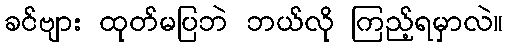
ခင်ဗျား ထုတ်မပြဘဲ ဘယ်လို ကြည့်ရမှာလဲ။